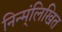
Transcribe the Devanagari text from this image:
निन्म्ंलिखित